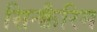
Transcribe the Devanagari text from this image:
सिन्क्वैरिम